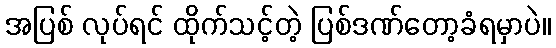
အပြစ် လုပ်ရင် ထိုက်သင့်တဲ့ ပြစ်ဒဏ်တော့ခံရမှာပဲ။